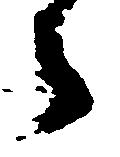
々